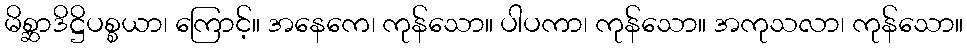
မိစ္ဆာဒိဋ္ဌိပစ္စယာ၊ ကြောင့်။ အနေကေ၊ ကုန်သော။ ပါပကာ၊ ကုန်သော။ အကုသလာ၊ ကုန်သော။